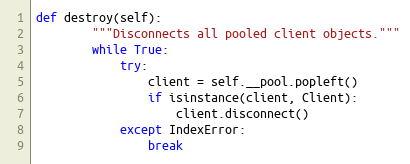
Language: Python
def destroy(self):
        """Disconnects all pooled client objects."""
        while True:
            try:
                client = self.__pool.popleft()
                if isinstance(client, Client):
                    client.disconnect()
            except IndexError:
                break